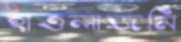
হাওলাজমি